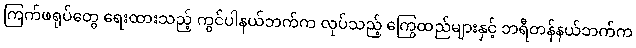
ကြက်ဖရုပ်တွေ ရေးထားသည့် ကွင်ပါနယ်ဘက်က လုပ်သည့် ကြွေထည်များနှင့် ဘရီတန်နယ်ဘက်က